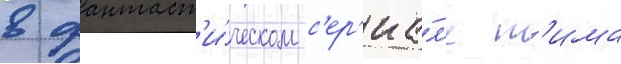
в фантаст'и́ческом с'ер'иа́л'е т'има